Veterinary [1904] -
Year: 1904
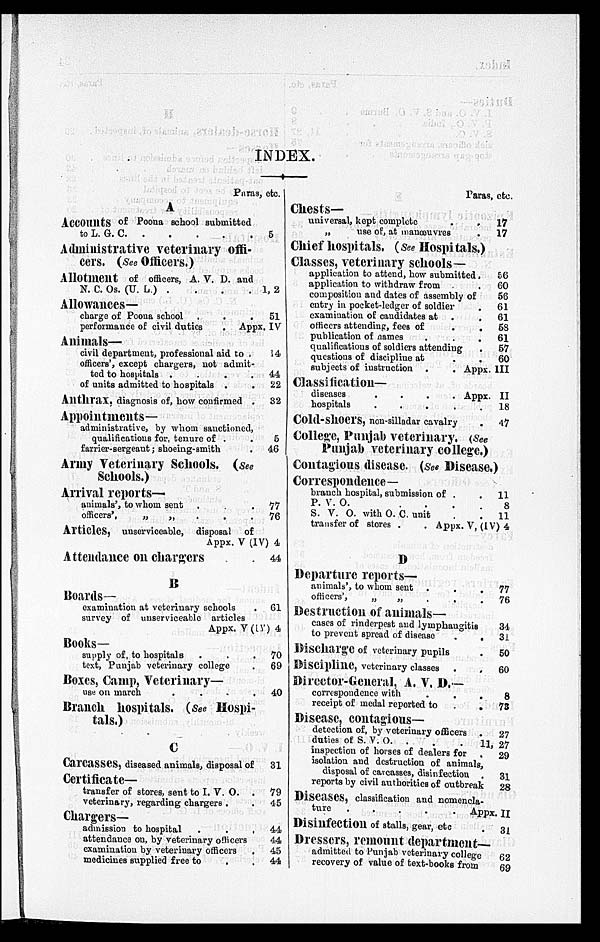
INDEX.
Paras, etc.
A
Accounts of Poona school submitted
to L. G.
C.
.
.
.
.
.
Administrative veterinary offi-
cers. (See Officers.)
Allotment of officers, A. V. D. and
N. C. Os. (U. L.) . . . .
Allowances—
charge of Poona school . . .
performance of civil duties
. Appx.
Animals—
civil department, professional aid to .
officers', except chargers, not admit-
ted to hospitals .
.
.
.
of units admitted to hospitals . .
Anthrax, diagnosis of, how confirmed .
Appointments—
administrative, by whom sanctioned,
qualifications for, tenure of . .
farrier-sergeant; shoeing-smith
Army Veterinary Schools. (See
Schools.)
Arrival reports—
animals', to whom sent
officers',
„ „ . . .
Articles, unserviceable, disposal of
Attendance on chargers . .
B
Boards—
examination at veterinary schools
survey of unserviceable articles
Books—
supply of, to hospitals . .
text, Punjab veterinary college
Boxes, Camp, Veterinary—
use on march
. . .
Branch hospitals. (See Hospi-
tals.)
C
Carcasses, diseased animals, disposal of
Certificate—
transfer of stores, sent to I. V. O.
veterinary, regarding chargers . .
Chargers—
admission to hospital
.
.
.
attendance on, by veterinary officers
examination by veterinary officers
.
medicines supplied free to . .
5
1, 2
51
IV
14
44
22
32
5
46
77
76
44
61
70
69
40
31
79
45
44
44
45
44
Paras, etc.
Chests—
universal, kept complete
„
use of, at manoeuvres .
Chief hospitals. (see Hospitals.)
Classes, veterinary schools—
application to attend, how submitted .
application to withdraw from
composition and dates of assembly of
entry in pocket-ledger of soldier
examination of candidates at
officers attending, fees of . .
publication of names
qualifications of soldiers attending
questions of discipline at
subjects of instruction .
. Appx.
Classification-
diseases
.
.
.
. Appx.
hospitals
.
.
.
.
.
Cold-shoers, non-silladar cavalry .
College, Punjab veterinary. (See
Punjab veterinary college.)
17
17
56
60
56
61
61
58
61
57
60
III
II
18
47
Contagious disease. (see Disease.)
Correspondence—
branch hospital, submission of . .
P. V.
O.
.
.
.
.
S. V. O. with O. C. unit
transfer of stores .
. Appx. V, (IV)
D
Departure reports—
animals', to whom sent .
.
.
officers',
„
„
. . .
Destruction of animals—
cases of rinderpest and lymphangitis
to prevent spread of disease
.
.
Discharge of veterinary pupils
Discipline, veterinary classes . .
Director-General, A. V. D.—
correspondence with . . .
receipt of medal reported to
.
.
Disease, contagious—
detection of, by veterinary officers
duties of S. V.
O.
.
.
inspection of horses of dealers for
isolation and destruction of animals,
disposal of carcasses, disinfection .
reports by civil authorities of outbreak
Diseases, classification and nomencla-
11
8
11
4
77
76
34
31
50
60
8
78
27
11, 27
29
31
28
turc
.
.
.
.
.
Appx. II
Disinfection of stalls, gear, etc
Dressers, remount department—
admitted to Punjab veterinary college
recovery of value of text-books from
31
62
69